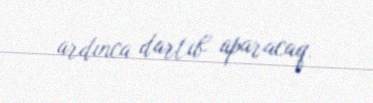
ardınca dartıb aparacaq.